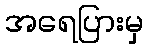
အရေပြားမှ